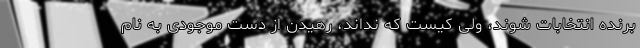
برنده انتخابات شوند، ولی کیست که نداند، رهیدن از دست موجودی به نام